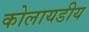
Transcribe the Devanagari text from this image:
कोलायडीय